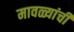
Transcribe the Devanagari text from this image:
मावळ्यांची